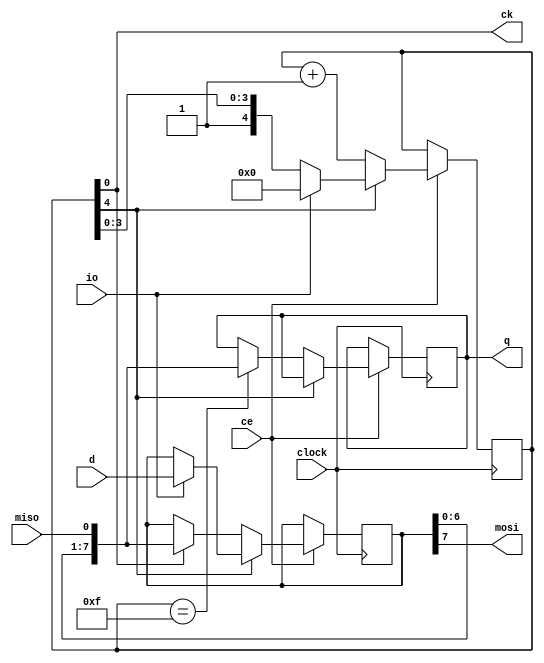
//-------------------------------------------------------------------------------------------------
//  SPI interface
//-------------------------------------------------------------------------------------------------
//  This file is part of the Elan Enterprise FPGA implementation project.
//  Copyright (C) 2023 Kyp069 <kyp069@gmail.com>
//
//  This program is free software; you can redistribute it and/or modify it under the terms 
//  of the GNU General Public License as published by the Free Software Foundation;
//  either version 3 of the License, or (at your option) any later version.
//
//  This program is distributed in the hope that it will be useful, but WITHOUT ANY WARRANTY;
//  without even the implied warranty of MERCHANTABILITY or FITNESS FOR A PARTICULAR PURPOSE.
//  See the GNU General Public License for more details.
//
//  You should have received a copy of the GNU General Public License along with this program;
//  if not, If not, see <https://www.gnu.org/licenses/>.
//-------------------------------------------------------------------------------------------------
module spi
//-------------------------------------------------------------------------------------------------
(
	input  wire      clock,
	input  wire      ce,
	input  wire      io,
	input  wire[7:0] d,
	output reg [7:0] q,
	output wire      ck,
	output wire      mosi,
	input  wire      miso
);
//-------------------------------------------------------------------------------------------------

reg[7:0] sd;
reg[4:0] count = 5'b10000;

always @(negedge clock) if(ce)
	if(count[4]) begin
		if(io) begin
			sd <= d;
			count <= 5'd0;
		end
	end
	else begin
		count <= count+5'd1;
		if(count[0]) sd <= { sd[6:0], miso };
		if(count == 5'b01111) q <= { sd[6:0], miso };
	end

//-------------------------------------------------------------------------------------------------

assign ck = count[0];
assign mosi = sd[7];

//-------------------------------------------------------------------------------------------------
endmodule
//-------------------------------------------------------------------------------------------------